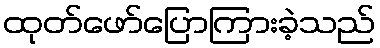
ထုတ်ဖော်ပြောကြားခဲ့သည်